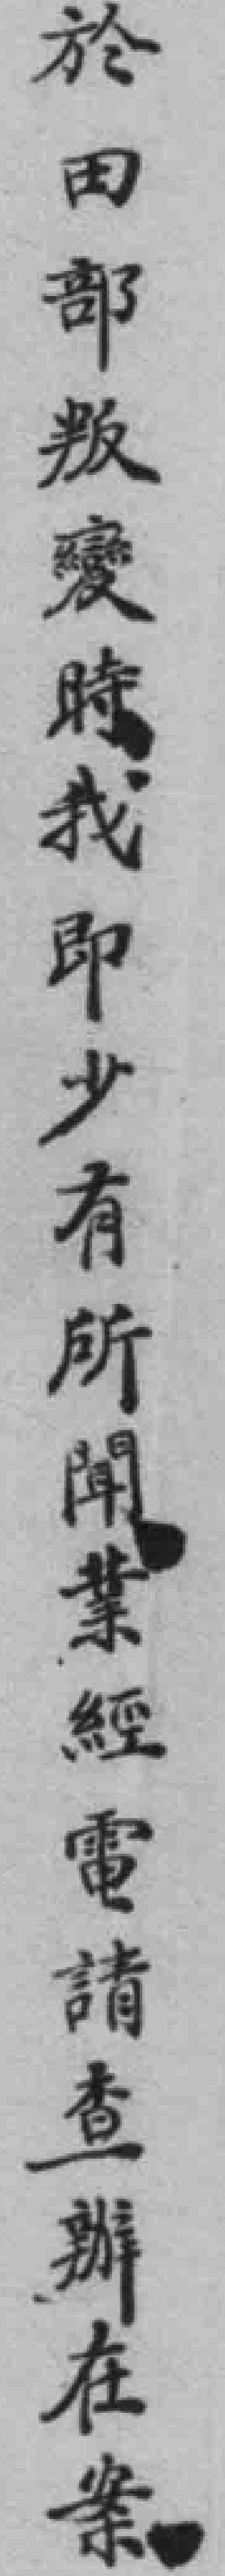
於田部叛變時我即少有所聞業經電請查辦在案